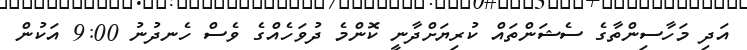
އަދި މަހާސިންތާގެ ސެޝަންތައް ކުރިޔަށްދާނީ ކޮންމެ ދުވަހެއްގެ ވެސް ހެނދުނު 9:00 އަކުން